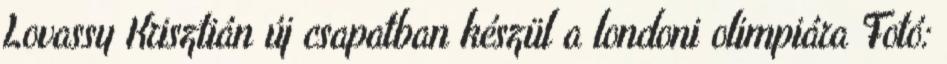
Lovassy Krisztián új csapatban készül a londoni olimpiára Fotó: